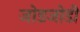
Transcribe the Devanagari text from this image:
जोडजोडी